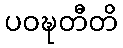
ပဝဍ္ဎတီတိ